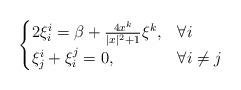
LaTeX: \begin{align*} \begin{cases} 2\xi^i_i=\beta+\frac{4x^k}{|x|^2+1}\xi^k, & \forall i\\ \xi^i_j+\xi^j_i=0, & \forall i\not=j \end{cases} \end{align*}